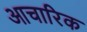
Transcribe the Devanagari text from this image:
आचारिक